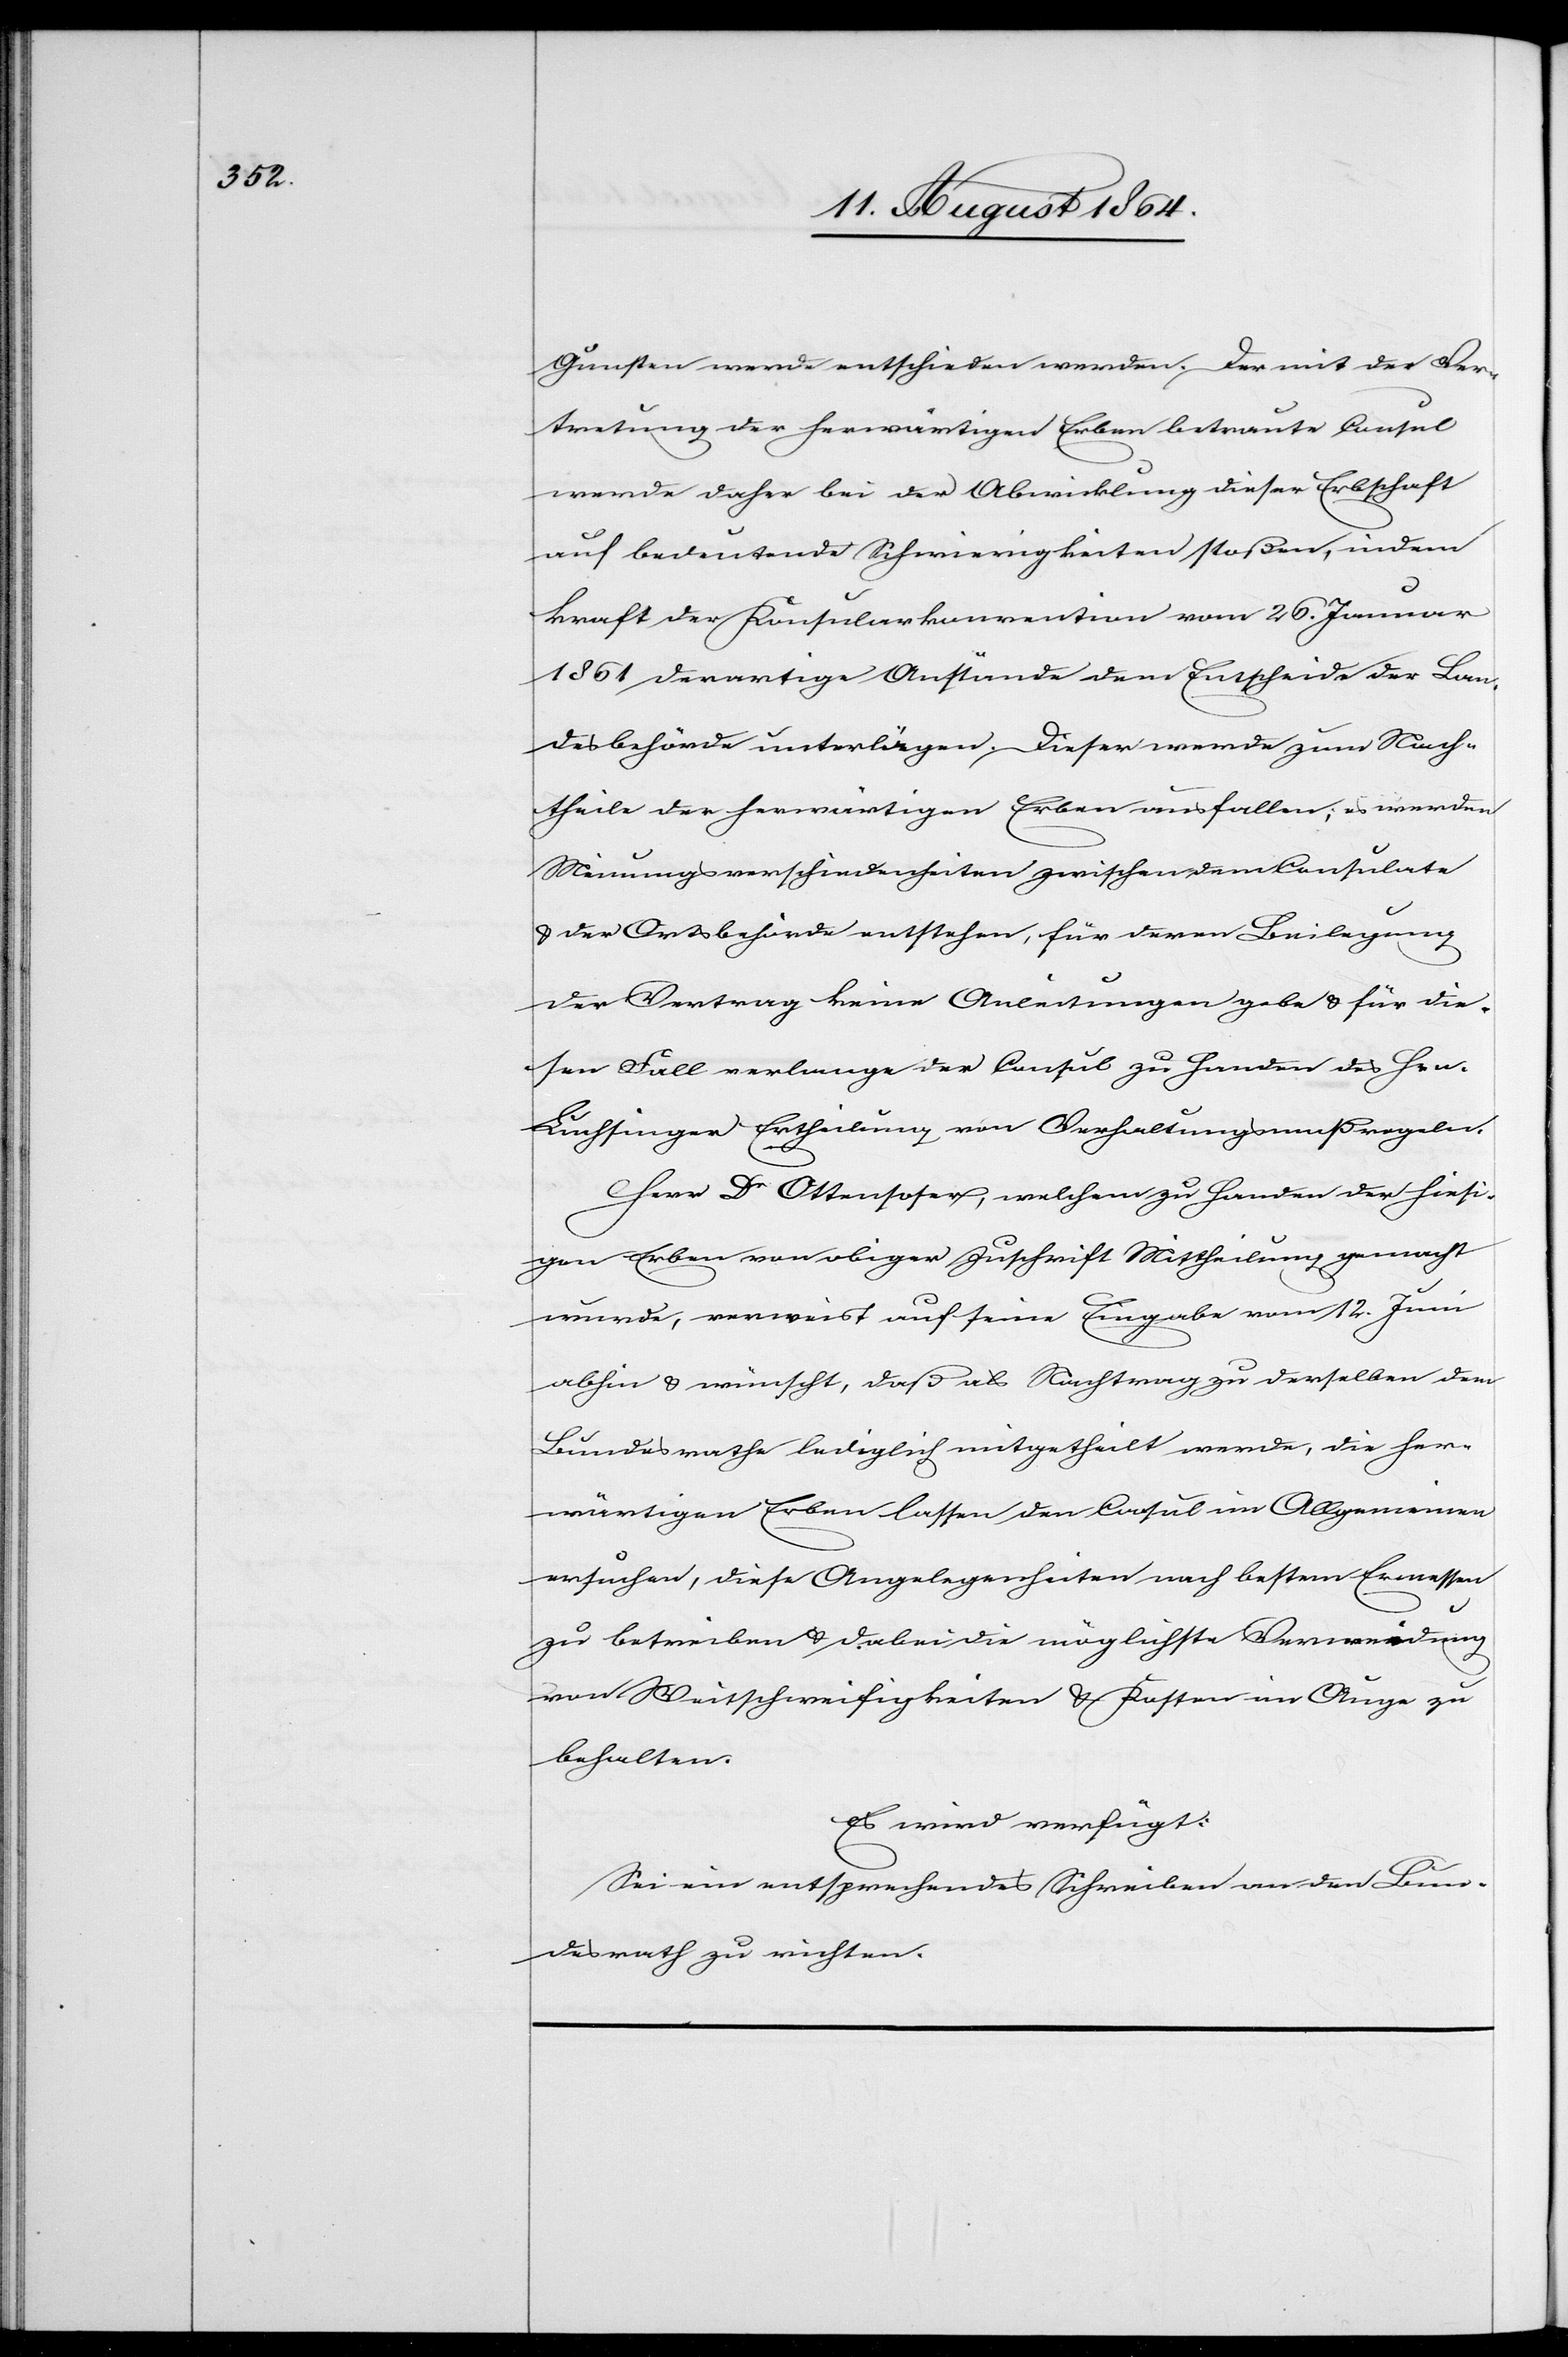
Gunsten werde entschieden werden. Der mit der Ver¬
tretung der herwärtigen Erben betraute Consul
werde daher bei der Abwicklung dieser Erbschaft
auf bedeutende Schwierigkeiten stoßen, indem
kraft der Konsularkonvention vom 26. Januar
1861 derartige Anstände dem Entscheide der Lan¬
desbehörden unterlägen. Dieser werde zum Nach¬
theile der herwärtigen Erben ausfallen, es werden
Meinungsverschiedenheiten zwischen dem Consulate
& der Ortsbehörde entstehen, für deren Beilegung
der Vertrag keine Anleitungen gebe & für die¬
sen Fall verlange der Consul zu Handen des Hrn.
Luchsinger Ertheilung von Verhaltungsmaßregeln.
Herr Dr Ottensoser, welchem zu Handen der hiesi¬
gen Erben von obiger Zuschrift Mittheilung gemacht
wurde, verweist auf seine Eingabe vom 12. Juni
abhin & wünscht, daß als Nachtrag zu derselben dem
Bundesrathe lediglich mitgetheilt werde, die her¬
wärtigen Erben lassen den Consul im Allgemeinen
ersuchen, diese Angelegenheiten nach bestem Ermessen
zu betreiben & dabei die möglichste Vermeidung
von Weitschweifigkeiten & Kosten im Auge zu
behalten.
Es wird verfügt:
Sei ein entsprechendes Schreiben an den B¬
undesrath zu richten.